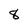
Character: 8